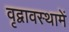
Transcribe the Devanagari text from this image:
वृद्वावस्थामें